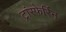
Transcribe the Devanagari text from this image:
ट्रांस्फेर्रिन